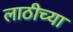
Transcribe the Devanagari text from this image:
लाठीच्या